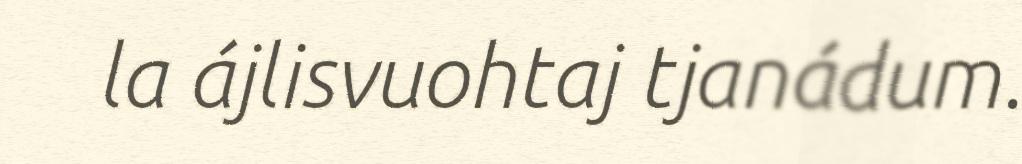
la ájlisvuohtaj tjanádum.